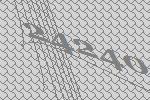
24240